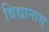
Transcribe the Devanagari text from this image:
विद्यानाम्